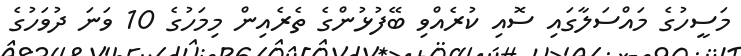
މަސީހުގެ މައްސަލާގައި ސޮއި ކުރެއްވި ބޭފުޅުންގެ ތެރެއިން މިމަހުގެ 10 ވަނަ ދުވަހުގެ